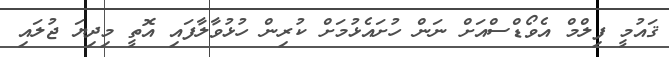
ޤައުމީ ފިލްމް އެވޯޑްސްއަށް ނަން ހުށައެޅުމަށް ކުރިން ހުޅުވާލާފައި އޮތީ މިދިޔަ ޖުލައި